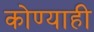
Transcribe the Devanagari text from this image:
कोण्याही